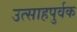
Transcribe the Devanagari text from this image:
उत्साहपुर्वक